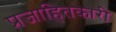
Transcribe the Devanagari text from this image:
प्रजाहितकारी